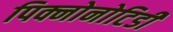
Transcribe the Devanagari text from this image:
पिक्नोनोटिडी